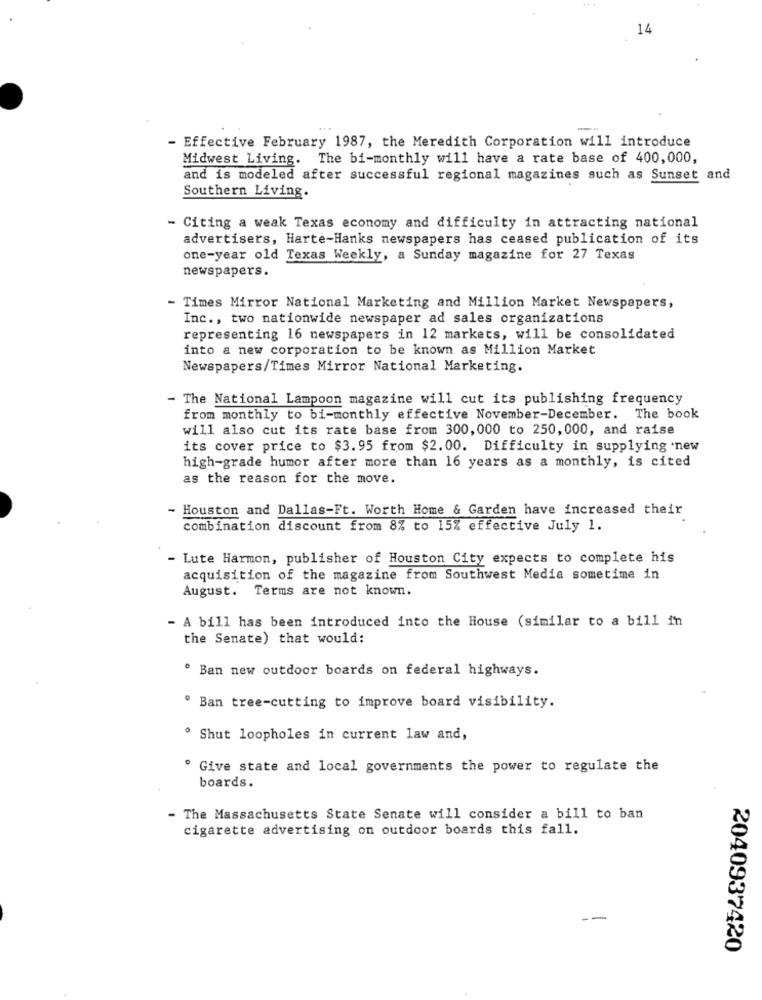
14
-
Effective February 1987, the Meredith Corporation will introduce
Midwest Living. The bi-monthly will have a rate base of 400,000,
and is modeled after successful regional magazines such as Sunset and
Southern Living.
- Citing a weak Texas economy and difficulty in attracting national
advertisers, Harte-Hanks newspapers has ceased publication of its
one-year old Texas Weekly, a Sunday magazine for 27 Texas
newspapers.
- Times Mirror National Marketing and Million Market Newspapers,
Inc ., two nationwide newspaper ad sales organizations
representing 16 newspapers in 12 markets, will be consolidated
into a new corporation to be known as Million Market
Newspapers/Times Mirror National Marketing.
- The National Lampoon magazine will cut its publishing frequency
from monthly to bi-monthly effective November-December. The book
will also cut its rate base from 300,000 to 250, 000, and raise
its cover price to $3.95 from $2.00. Difficulty in supplying .new
high-grade humor after more than 16 years as a monthly, is cited
as the reason for the move.
Houston and Dallas-Ft. Worth Home & Garden have increased their
combination discount from 8% to 15% effective July 1.
- Lute Harmon, publisher of Houston City expects to complete his
acquisition of the magazine from Southwest Media sometime in
August. Terms are not known.
- A bill has been introduced into the House (similar to a bill in
the Senate) that would:
Ban new outdoor boards on federal highways.
Ban tree-cutting to improve board visibility.
. Shut loopholes in current law and,
Give state and local governments the power to regulate the
boards.
- The Massachusetts State Senate will consider a bill to ban
cigarette advertising on outdoor boards this fall.
2040937420